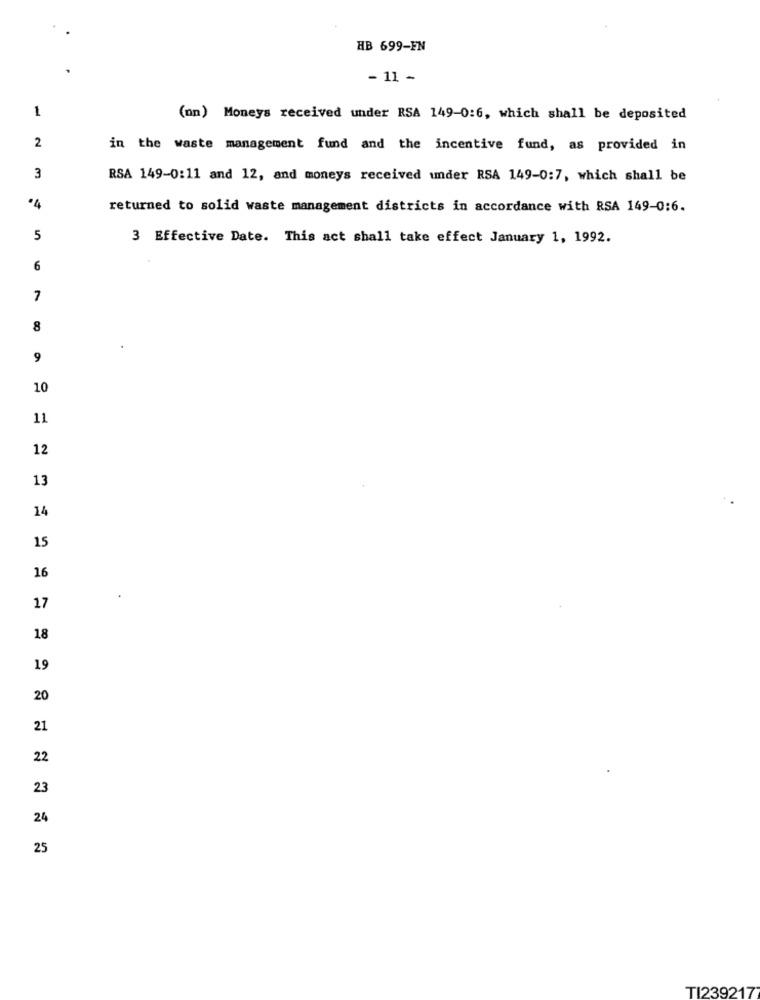
HB 699-FN
- 11 -
1
(mn) Moneys received under RSA 149-0:6, which shall be deposited
2
in the waste management fund and the incentive fund, as provided in
3
RSA 149-0:11 and 12, and moneys received under RSA 149-0:7, which shall be
·4
returned to solid waste management districts in accordance with RSA 149-0:6.
5
3 Effective Date. This act shall take effect January 1, 1992.
6
7
8
9
10
11
12
13
14
15
16
17
18
19
20
21
22
23
24
25
TI2392177